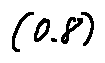
( 0 . 8 )